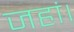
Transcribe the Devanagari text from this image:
जहां।